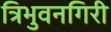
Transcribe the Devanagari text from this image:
त्रिभुवनगिरी